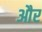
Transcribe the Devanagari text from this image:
और